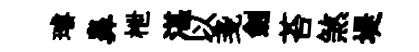
璿鼻枻湛以戔劍苔煞堤